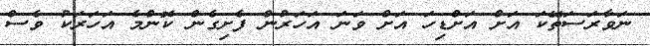
ނަވާރަސަތޭކަ އަށް އަށްޑިހަ އަށް ވަނަ އަހަރުން ފެށިގެން ކޮންމެ އަހަރަކު ވެސް